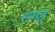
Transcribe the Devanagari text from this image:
सगह्